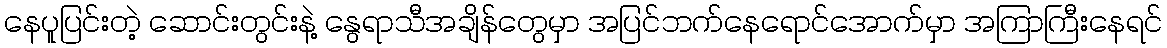
နေပူပြင်းတဲ့ ဆောင်းတွင်းနဲ့ နွေရာသီအချိန်တွေမှာ အပြင်ဘက်နေရောင်အောက်မှာ အကြာကြီးနေရင်